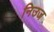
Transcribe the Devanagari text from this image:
निउज